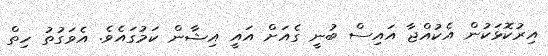
އިރުކޮޅަކުން އެކުއްޖާ އައިސް ބުނީ ގެއަށް އައީ އިޝާން ކަމުގައެވެ. އެވަގުތު ހިތް